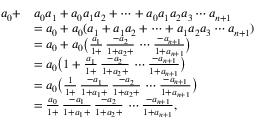
{ \begin{array} { r l } { a _ { 0 } + } & { a _ { 0 } a _ { 1 } + a _ { 0 } a _ { 1 } a _ { 2 } + \cdots + a _ { 0 } a _ { 1 } a _ { 2 } a _ { 3 } \cdots a _ { n + 1 } } \\ & { = a _ { 0 } + a _ { 0 } ( a _ { 1 } + a _ { 1 } a _ { 2 } + \cdots + a _ { 1 } a _ { 2 } a _ { 3 } \cdots a _ { n + 1 } ) } \\ & { = a _ { 0 } + a _ { 0 } { \big ( } { \frac { a _ { 1 } } { 1 + } } \, { \frac { - a _ { 2 } } { 1 + a _ { 2 } + } } \, \cdots { \frac { - a _ { n + 1 } } { 1 + a _ { n + 1 } } } { \big ) } } \\ & { = a _ { 0 } { \big ( } 1 + { \frac { a _ { 1 } } { 1 + } } \, { \frac { - a _ { 2 } } { 1 + a _ { 2 } + } } \, \cdots { \frac { - a _ { n + 1 } } { 1 + a _ { n + 1 } } } { \big ) } } \\ & { = a _ { 0 } { \big ( } { \frac { 1 } { 1 + } } \, { \frac { - a _ { 1 } } { 1 + a _ { 1 } + } } \, { \frac { - a _ { 2 } } { 1 + a _ { 2 } + } } \, \cdots { \frac { - a _ { n + 1 } } { 1 + a _ { n + 1 } } } { \big ) } } \\ & { = { \frac { a _ { 0 } } { 1 + } } \, { \frac { - a _ { 1 } } { 1 + a _ { 1 } + } } \, { \frac { - a _ { 2 } } { 1 + a _ { 2 } + } } \, \cdots { \frac { - a _ { n + 1 } } { 1 + a _ { n + 1 } } } , } \end{array} }